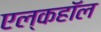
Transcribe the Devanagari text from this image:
एल्कहॉल